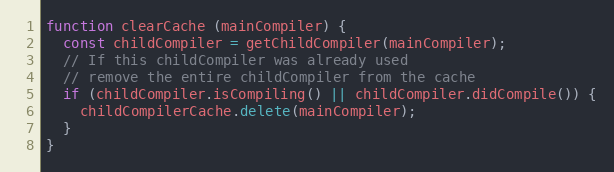
Language: JavaScript
function clearCache (mainCompiler) {
  const childCompiler = getChildCompiler(mainCompiler);
  // If this childCompiler was already used
  // remove the entire childCompiler from the cache
  if (childCompiler.isCompiling() || childCompiler.didCompile()) {
    childCompilerCache.delete(mainCompiler);
  }
}